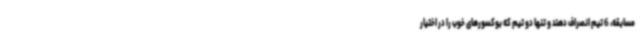
مسابقه، 6 تیم انصراف دهند و تنها دو تیم که بوکسورهای خوب را در اختیار